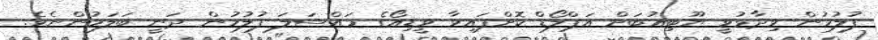
ފުލުހުން ވިދާޅުވީ ޔޫޓިއުބަށް އަޕްލޯޑް ކޮށްފައިވާ ވީޑިއޯގެ މައްސަލަ ފުލުހުން ދަނީ ބަލަމުންނެވެ.